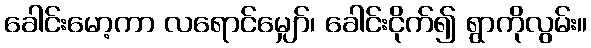
ခေါင်းမော့ကာ လရောင်မျှော်၊ ခေါင်းငိုက်၍ ရွာကိုလွမ်း။